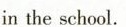
in the school.